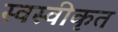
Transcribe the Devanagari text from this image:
स्वस्वीकृत